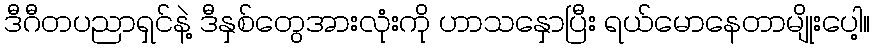
ဒီဂီတပညာရှင်နဲ့ ဒီနှစ်တွေအားလုံးကို ဟာသနှောပြီး ရယ်မောနေတာမျိုးပေါ့။